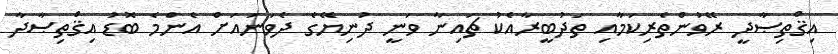
އިޤްތިޞާދީ ރޭވުންތެރިކަމާއި ތަދުބީރާއެކު ޗައިނާ ވަނީ ދުނިޔޭގެ ދެވަނައަށް އެންމެ ބޮޑު އިޤްތިޞާދާ